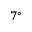
7 ^ { \circ }